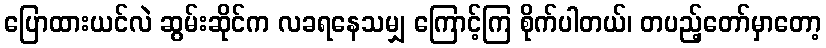
ပြောထားယင်လဲ ဆွမ်းဆိုင်က လခရနေသမျှ ကြောင့်ကြ စိုက်ပါတယ်၊ တပည့်တော်မှာတော့